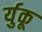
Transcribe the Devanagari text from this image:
र्युकू